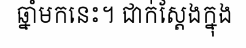
ឆ្នាំមកនេះ។ ជាក់ស្តែងក្នុង